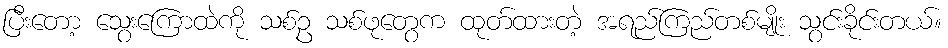
ပြီးတော့ သွေးကြောထဲကို သစ်ဥ သစ်ဖုတွေက ထုတ်ထားတဲ့ အရည်ကြည်တစ်မျိုး သွင်းခိုင်းတယ်။